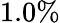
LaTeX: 1.0\%